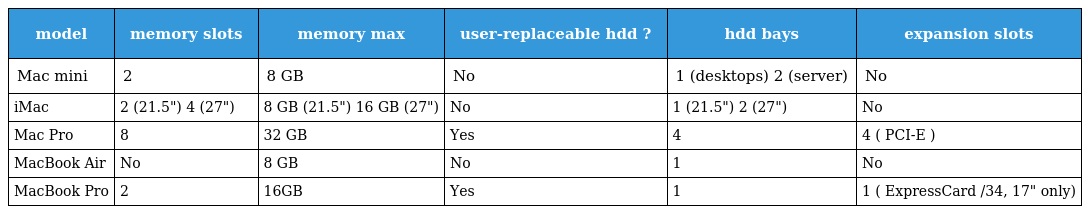
| model | memory slots | memory max | user-replaceable hdd ? | hdd bays | expansion slots |
 | --- | --- | --- | --- | --- | --- |
 | Mac mini | 2 | 8 GB | No | 1 (desktops) 2 (server) | No |
 | iMac | 2 (21.5") 4 (27") | 8 GB (21.5") 16 GB (27") | No | 1 (21.5") 2 (27") | No |
 | Mac Pro | 8 | 32 GB | Yes | 4 | 4 ( PCI-E ) |
 | MacBook Air | No | 8 GB | No | 1 | No |
 | MacBook Pro | 2 | 16GB | Yes | 1 | 1 ( ExpressCard /34, 17" only) |